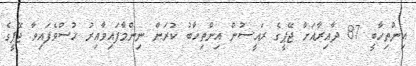
އިންތިހާބީ 87 ދާއިރާއަށް ޖޭޕީގެ ރައީސުން އިންތިހާބު ކުރަން ނިންމާފައިވާއިރު ހުސްވެފައިވާ ޖޭޕީގެ